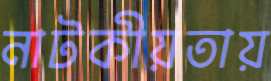
নাটকীয়তায়